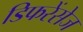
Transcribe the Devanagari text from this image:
डिफरेंसेज